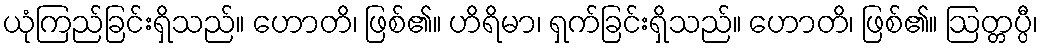
ယုံကြည်ခြင်းရှိသည်။ ဟောတိ၊ ဖြစ်၏။ ဟိရိမာ၊ ရှက်ခြင်းရှိသည်။ ဟောတိ၊ ဖြစ်၏။ ဩတ္တပ္ပီ၊